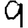
Digit: 9